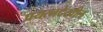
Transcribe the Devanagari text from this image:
प्रयत्नदेखील